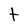
Character: t